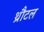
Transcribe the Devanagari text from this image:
थ्रौटल